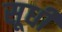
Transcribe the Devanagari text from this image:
सूधी